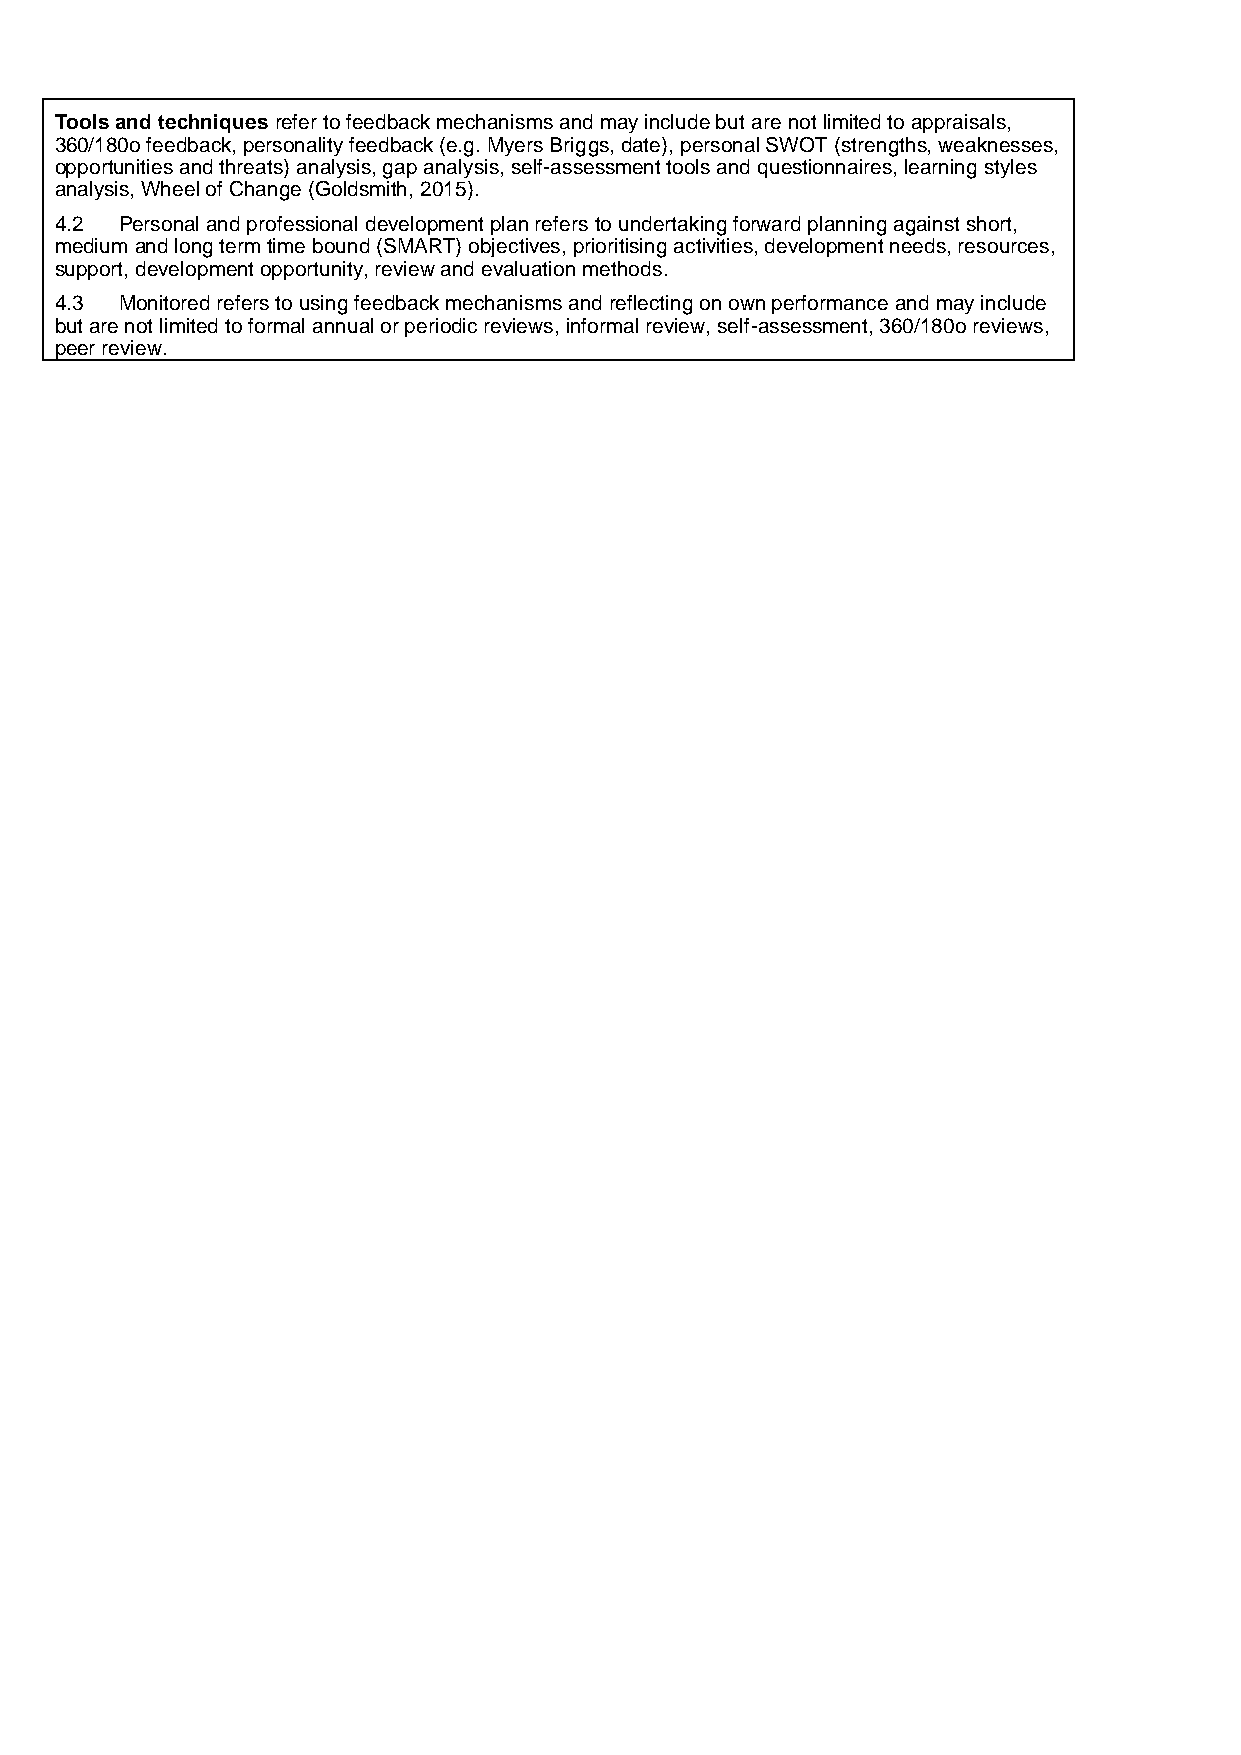
Tools and techniques refer to feedback mechanisms and may include but are not limited to appraisals,
 360/180o feedback, personality feedback (e.g. Myers Briggs, date), personal SWOT (strengths, weaknesses,
 opportunities and threats) analysis, gap analysis, self-assessment tools and questionnaires, learning styles
 analysis, Wheel of Change (Goldsmith, 2015).
 4.2 Personal and professional development plan refers to undertaking forward planning against short,
 medium and long term time bound (SMART) objectives, prioritising activities, development needs, resources,
 support, development opportunity, review and evaluation methods.
 4.3 Monitored refers to using feedback mechanisms and reflecting on own performance and may include
 but are not limited to formal annual or periodic reviews, informal review, self-assessment, 360/180o reviews,
 peer review.
 100